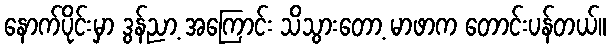
နောက်ပိုင်းမှာ ဒွန်ညာ့ အကြောင်း သိသွားတော့ မာဖာက တောင်းပန်တယ်။